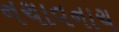
નચાવનાચ